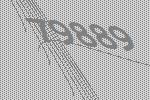
79889